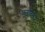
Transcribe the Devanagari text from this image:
फुटौवल